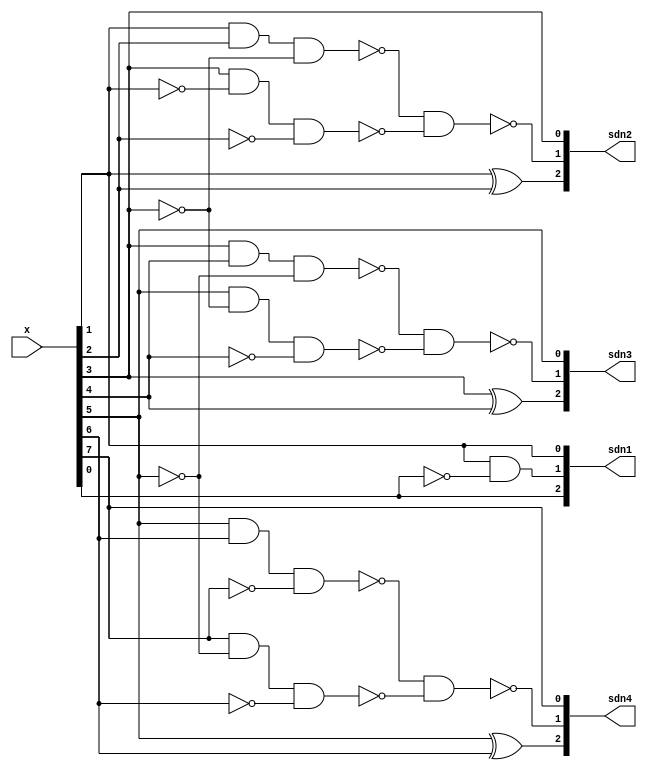
module encoder(x,sdn1,sdn2,sdn3,sdn4);

input signed [7:0]x;
output [2:0]sdn1, sdn2, sdn3, sdn4; //single,double,negate
// output [8:0] PP1,PP2,PP3;

wire [2:0]xh,xm,xl,xxh;

assign xl[0]=1'b0;
assign xl[2:1]=x[1:0];
assign xm[2:0]=x[3:1];
assign xh[2:0]=x[5:3]; 
assign xxh[2:0]=x[7:5];

function [2:0]encoding;
input [2:0]a;
reg o1,o2,o3,o4,o5;

begin 

o1 = ~ a[0];
o2 = ~ a[1];
o3 = ~ a[2];

encoding[2] = (a[0]^a[1]); //single

o4 = ~(a[0] & a[1] & o3);
o5 = ~(a[2] & o1 & o2);
encoding[1] = ~(o4 & o5);//double

encoding[0]=a[2]; //negate

end
endfunction

assign sdn1[2:0]= encoding(xl);
assign sdn2[2:0]= encoding(xm);
assign sdn3[2:0]= encoding(xh);
assign sdn4[2:0]= encoding(xxh);

// decoder d1 (sdn1,y,PP1);
// decoder d2 (sdn2,y,PP2);
// decoder d3 (sdn3,y,PP3);

endmodule